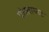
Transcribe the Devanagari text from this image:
पोस्ताघाट